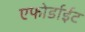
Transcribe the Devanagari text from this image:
एफोर्डाईट